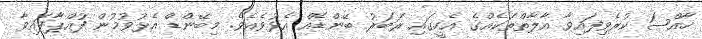
ޚާއްޞަ ކުރެވިފައިވާ އާލާތްތަކެއްގެ އެހީގައި ރަބަރު ބޭންޑެއް އެޅުވެއެވެ. މިބޭންޑް އެޅުވުމުން ފުއްޕާފައިވާ